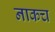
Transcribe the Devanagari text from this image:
नाकच